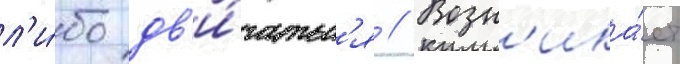
л'и́бо дв'и́гатьс'я // Возн'ика́ет